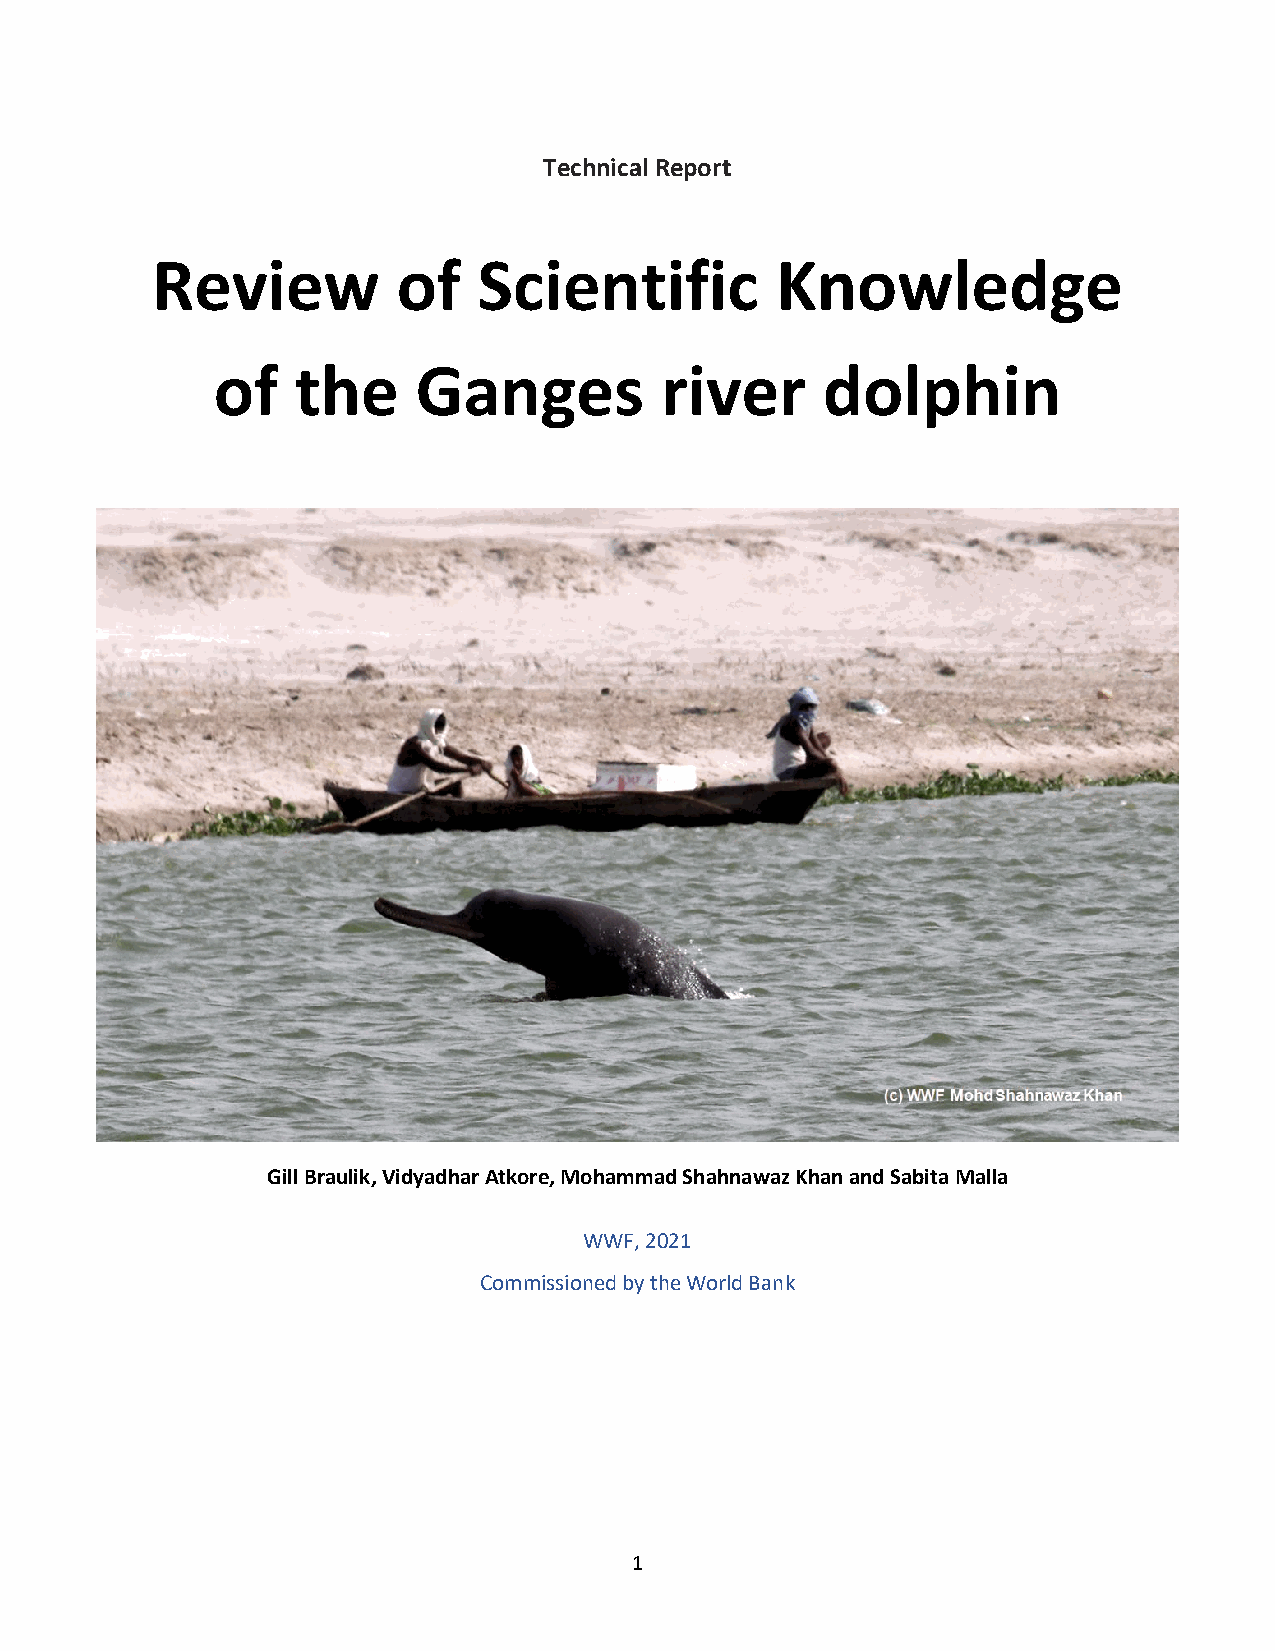
Technical Report
 Review          of    Scientific         Knowledge
 of    the     Ganges          river     dolphin
 Gill Braulik, Vidyadhar Atkore, Mohammad Shahnawaz Khan and Sabita Malla
 WWF, 2021
 Commissioned by the World Bank
 1